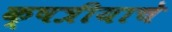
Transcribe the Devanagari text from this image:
क्षत्रीयाचे